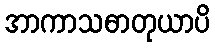
အာကာသဓာတုယာပိ